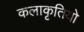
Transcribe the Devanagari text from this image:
कलाकृतियो